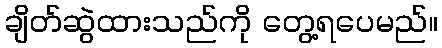
ချိတ်ဆွဲထားသည်ကို တွေ့ရပေမည်။